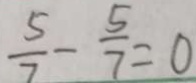
\frac { 5 } { 7 } - \frac { 5 } { 7 } = 0